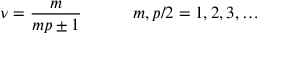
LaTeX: \nu = \frac { m } { m p \pm 1 } \qquad \quad m , p / 2 = 1 , 2 , 3 , \ldots